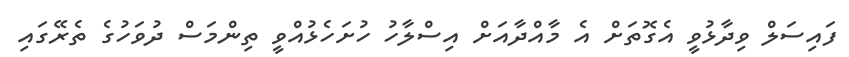
ފައިސަލް ވިދާޅުވީ އެގޮތަށް އެ މާއްދާއަށް އިސްލާހު ހުށަހެޅުއްވީ ތިންމަސް ދުވަހުގެ ތެރޭގައި